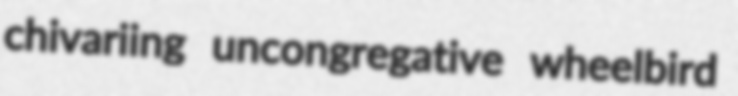
chivariing uncongregative wheelbird